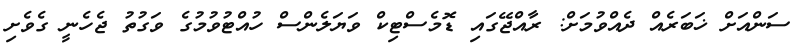
ސަންއަށް ޚަބަރެއް ދެއްވުމަށް: ރާއްޖޭގައި ޑޮމެސްޓިކް ވަޔަލެންސް ހުއްޓުވުމުގެ ވަގުތު ޖެހެނީ ގެވެށި